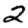
Digit: 2